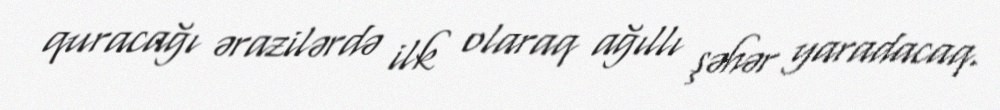
quracağı ərazilərdə ilk olaraq ağıllı şəhər yaradacaq.